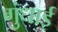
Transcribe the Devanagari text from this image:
गुंधाई